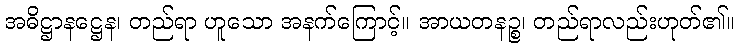
အဓိဋ္ဌာနဋ္ဌေန၊ တည်ရာ ဟူသော အနက်ကြောင့်။ အာယတနဉ္စ၊ တည်ရာလည်းဟုတ်၏။